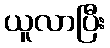
ယူလာပြီး